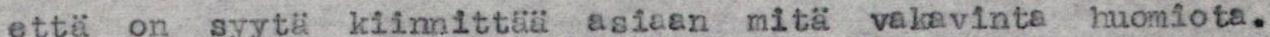
että on syytä kiinnittää asiaan mitä vakavinta huomiota.